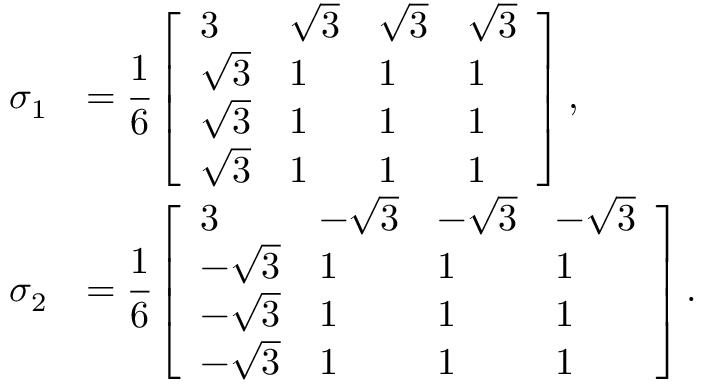
\begin{array} { r l } { \sigma _ { 1 } } & { = \cfrac { 1 } { 6 } \left[ \begin{array} { l l l l } { 3 } & { \sqrt { 3 } } & { \sqrt { 3 } } & { \sqrt { 3 } } \\ { \sqrt { 3 } } & { 1 } & { 1 } & { 1 } \\ { \sqrt { 3 } } & { 1 } & { 1 } & { 1 } \\ { \sqrt { 3 } } & { 1 } & { 1 } & { 1 } \end{array} \right] , } \\ { \sigma _ { 2 } } & { = \cfrac { 1 } { 6 } \left[ \begin{array} { l l l l } { 3 } & { - \sqrt { 3 } } & { - \sqrt { 3 } } & { - \sqrt { 3 } } \\ { - \sqrt { 3 } } & { 1 } & { 1 } & { 1 } \\ { - \sqrt { 3 } } & { 1 } & { 1 } & { 1 } \\ { - \sqrt { 3 } } & { 1 } & { 1 } & { 1 } \end{array} \right] . } \end{array}